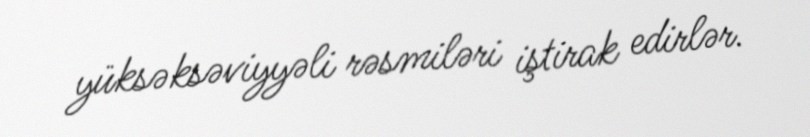
yüksəksəviyyəli rəsmiləri iştirak edirlər.